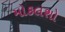
મોકલશો